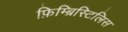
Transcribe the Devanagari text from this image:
फ़िम्ब्रिस्टिलिस